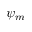
\psi _ { m }